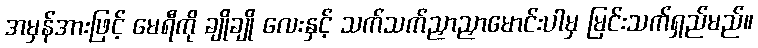
အမှန်အားဖြင့် မေရီကို ချိုချို လေးနှင့် သက်သက်ညှာညှာမောင်းပါမှ မြင်းသက်ရှည်မည်။